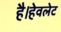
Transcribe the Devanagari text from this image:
है।हेवलेट